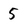
Character: 5